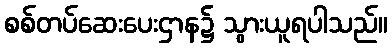
စစ်တပ်ဆေးပေးဌာန၌ သွားယူရပါသည်။